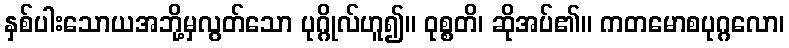
နှစ်ပါးသောယအဘို့မှလွတ်သော ပုဂ္ဂိုလ်ဟူ၍။ ဝုစ္စတိ၊ ဆိုအပ်၏။ ကတမောစပုဂ္ဂလော၊